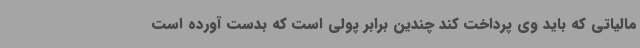
مالیاتی که باید وی پرداخت کند چندین برابر پولی است که بدست آورده است